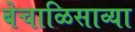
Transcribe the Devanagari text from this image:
बेचाळिसाव्या